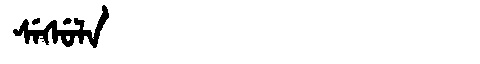
Manchu: ᠰᡝᠰᡠᠯᠠ
Romanization: SESULA